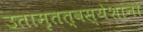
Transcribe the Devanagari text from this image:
उतामृतत्वस्येशानो